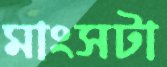
মাংসটা